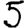
Digit: 5